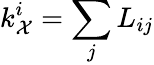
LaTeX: k_{\mathcal{X}}^{i}=\sum_{j}L_{ij}